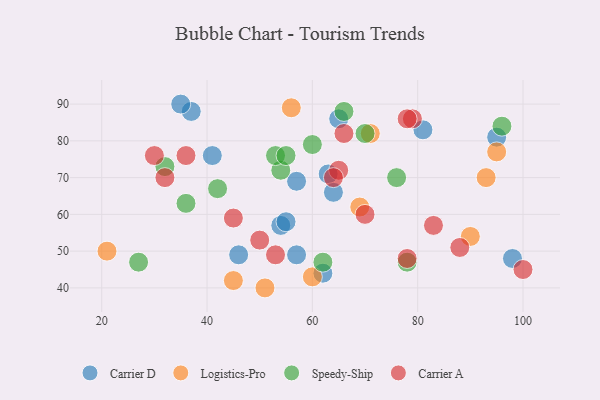
{"axis": {"x": "GDP", "y": "Life Expectancy"}, "legend": ["Carrier A", "Carrier D", "Logistics-Pro", "Speedy-Ship"], "data": [{"x": "95", "y": 81, "type": "Carrier D"}, {"x": "57", "y": 69, "type": "Carrier D"}, {"x": "37", "y": 88, "type": "Carrier D"}, {"x": "54", "y": 57, "type": "Carrier D"}, {"x": "41", "y": 76, "type": "Carrier D"}, {"x": "35", "y": 90, "type": "Carrier D"}, {"x": "55", "y": 58, "type": "Carrier D"}, {"x": "98", "y": 48, "type": "Carrier D"}, {"x": "63", "y": 71, "type": "Carrier D"}, {"x": "46", "y": 49, "type": "Carrier D"}, {"x": "62", "y": 44, "type": "Carrier D"}, {"x": "57", "y": 49, "type": "Carrier D"}, {"x": "64", "y": 66, "type": "Carrier D"}, {"x": "81", "y": 83, "type": "Carrier D"}, {"x": "65", "y": 86, "type": "Carrier D"}, {"x": "51", "y": 40, "type": "Logistics-Pro"}, {"x": "45", "y": 42, "type": "Logistics-Pro"}, {"x": "56", "y": 89, "type": "Logistics-Pro"}, {"x": "71", "y": 82, "type": "Logistics-Pro"}, {"x": "90", "y": 54, "type": "Logistics-Pro"}, {"x": "95", "y": 77, "type": "Logistics-Pro"}, {"x": "69", "y": 62, "type": "Logistics-Pro"}, {"x": "21", "y": 50, "type": "Logistics-Pro"}, {"x": "60", "y": 43, "type": "Logistics-Pro"}, {"x": "93", "y": 70, "type": "Logistics-Pro"}, {"x": "96", "y": 84, "type": "Speedy-Ship"}, {"x": "42", "y": 67, "type": "Speedy-Ship"}, {"x": "60", "y": 79, "type": "Speedy-Ship"}, {"x": "54", "y": 72, "type": "Speedy-Ship"}, {"x": "32", "y": 73, "type": "Speedy-Ship"}, {"x": "53", "y": 76, "type": "Speedy-Ship"}, {"x": "55", "y": 76, "type": "Speedy-Ship"}, {"x": "62", "y": 47, "type": "Speedy-Ship"}, {"x": "78", "y": 47, "type": "Speedy-Ship"}, {"x": "27", "y": 47, "type": "Speedy-Ship"}, {"x": "70", "y": 82, "type": "Speedy-Ship"}, {"x": "36", "y": 63, "type": "Speedy-Ship"}, {"x": "76", "y": 70, "type": "Speedy-Ship"}, {"x": "66", "y": 88, "type": "Speedy-Ship"}, {"x": "45", "y": 59, "type": "Carrier A"}, {"x": "65", "y": 72, "type": "Carrier A"}, {"x": "79", "y": 86, "type": "Carrier A"}, {"x": "83", "y": 57, "type": "Carrier A"}, {"x": "66", "y": 82, "type": "Carrier A"}, {"x": "70", "y": 60, "type": "Carrier A"}, {"x": "36", "y": 76, "type": "Carrier A"}, {"x": "53", "y": 49, "type": "Carrier A"}, {"x": "64", "y": 70, "type": "Carrier A"}, {"x": "32", "y": 70, "type": "Carrier A"}, {"x": "88", "y": 51, "type": "Carrier A"}, {"x": "100", "y": 45, "type": "Carrier A"}, {"x": "78", "y": 48, "type": "Carrier A"}, {"x": "30", "y": 76, "type": "Carrier A"}, {"x": "78", "y": 86, "type": "Carrier A"}, {"x": "50", "y": 53, "type": "Carrier A"}]}